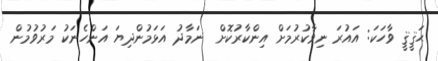
ޙަޤީޤީ ވާހަކަ: އައުރަ ނިވާކުރުމަށް އިންކާރުކޮށް  ނަމާދު އަޅަމުންދިޔަ އަންހެނަކު މަރުވުމުން